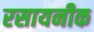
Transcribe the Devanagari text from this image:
रसायनीक